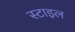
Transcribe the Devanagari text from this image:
स्‍टाइल